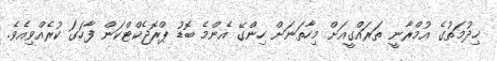
ޚިދުމަތުގެ އުމްރާނީ ތަރައްގީއަށް މިހާތަނަށް ހިންގޭ އެންމެ ބޮޑު ޕްރޮޖެކްޓްކަން ފާހަގަ ކުރެއްވިއެވެ.